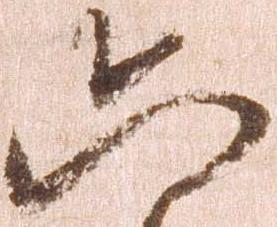
六